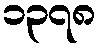
၁၃၇၈